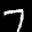
Label: 7